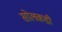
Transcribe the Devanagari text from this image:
सोलकडी